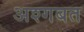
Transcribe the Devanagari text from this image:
अश्गबत